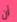
أن